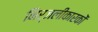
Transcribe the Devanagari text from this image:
निर्जलीकारकों